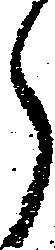
郎